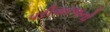
પરીવારજનો